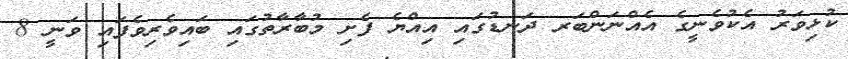
ކުޅިވަރު އެކުވެނީގެ އެއްނަންބަރ ދަނޑުގައި އިއްޔެ ފެށި މުބާރާތުގައި ބައިވެރިވެފައި ވަނީ 8